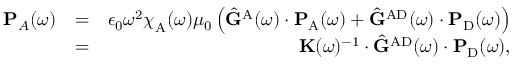
\begin{array} { r l r } { \mathbf { P } _ { A } ( \omega ) } & { = } & { \epsilon _ { 0 } \omega ^ { 2 } { \boldsymbol { \chi } } _ { \mathrm { A } } ( \omega ) \mu _ { 0 } \left( \hat { \mathbf { G } } ^ { \mathrm { A } } ( \omega ) \cdot \mathbf { P } _ { \mathrm { A } } ( \omega ) + \hat { \mathbf { G } } ^ { \mathrm { A D } } ( \omega ) \cdot \mathbf { P } _ { \mathrm { D } } ( \omega ) \right) } \\ & { = } & { \mathbf { K } ( \omega ) ^ { - 1 } \cdot \hat { \mathbf { G } } ^ { \mathrm { A D } } ( \omega ) \cdot \mathbf { P } _ { \mathrm { D } } ( \omega ) , } \end{array}